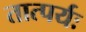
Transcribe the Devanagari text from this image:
तात्पर्यः